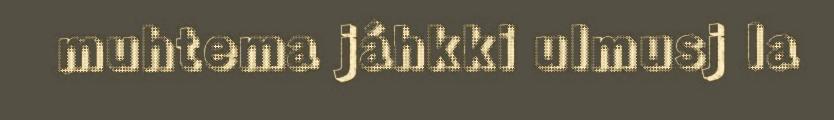
muhtema jáhkki ulmusj la